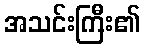
အသင်းကြီး၏